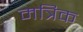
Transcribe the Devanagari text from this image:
मत्रिक